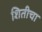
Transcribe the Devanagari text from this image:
शितीचा